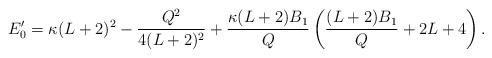
\begin{align*} E'_0 = \kappa(L+2)^2 - \frac{Q^2}{4(L+2)^2} + \frac{\kappa(L+2)B_1}{Q} \left(\frac{(L+2)B_1}{Q} + 2L +4 \right).\end{align*}